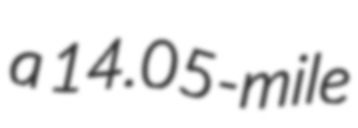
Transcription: a 14.05-mile